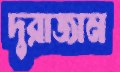
দুরাজান